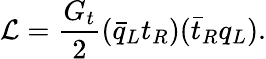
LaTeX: {\cal L}=\frac{G_{t}}{2}(\bar{q}_{L}t_{R})(\bar{t}_{R}q_{L}).